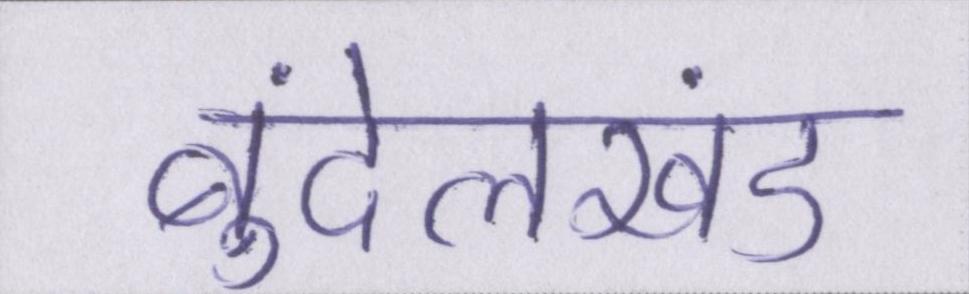
बुंदेलखंड